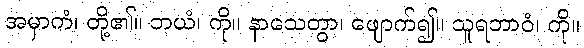
အမှာကံ၊ တို့၏။ ဘယံ၊ ကို။ နာသေတွာ၊ ဖျောက်၍။ သူရဘာဝံ၊ ကို။